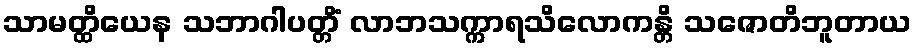
သာမတ္ထိယေန သဘာဂါပတ္တိံ လာဘသက္ကာရသိလောကန္တိ သဇောတိဘူတာယ